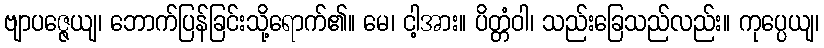
ဗျာပဇ္ဇေယျ၊ ဘောက်ပြန်ခြင်းသို့ရောက်၏။ မေ၊ ငါ့အား။ ပိတ္တံဝါ၊ သည်းခြေသည်လည်း။ ကုပ္ပေယျ၊